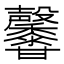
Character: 𤯒